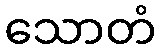
သောတံ